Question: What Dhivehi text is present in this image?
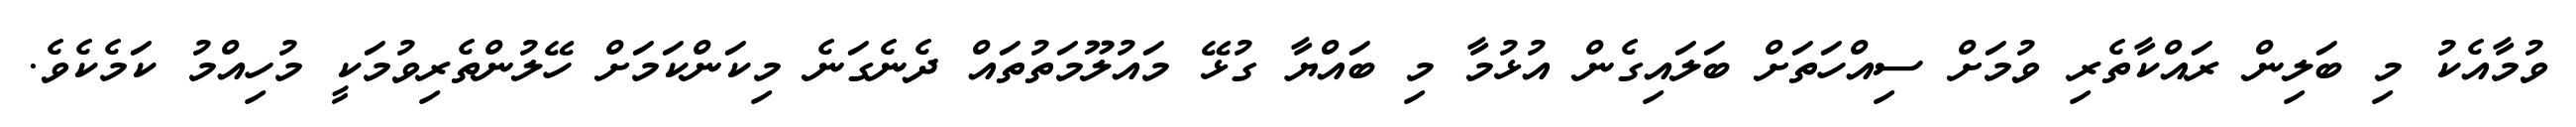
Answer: ވުމާއެކު މި ބަލިން ރައްކާތެރި ވުމަށް ސިއްހަތަށް ބަލައިގެން އުޅުމާ މި ބައްޔާ ގުޅޭ މައުލޫމަތުތައް ދެނެގަނެ މިކަންކަމަށް ހޭލުންތެރިވުމަކީ މުހިއްމު ކަމެކެވެ.